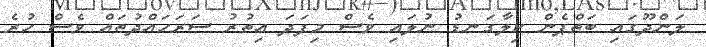
ލަންދޫގައި ބަތްޕެން ކިލާގަނޑު ނުލައި ވެސް މިފަދަ އިތުރު ސަރަހައްދުތައް ވެސް ހުރެ